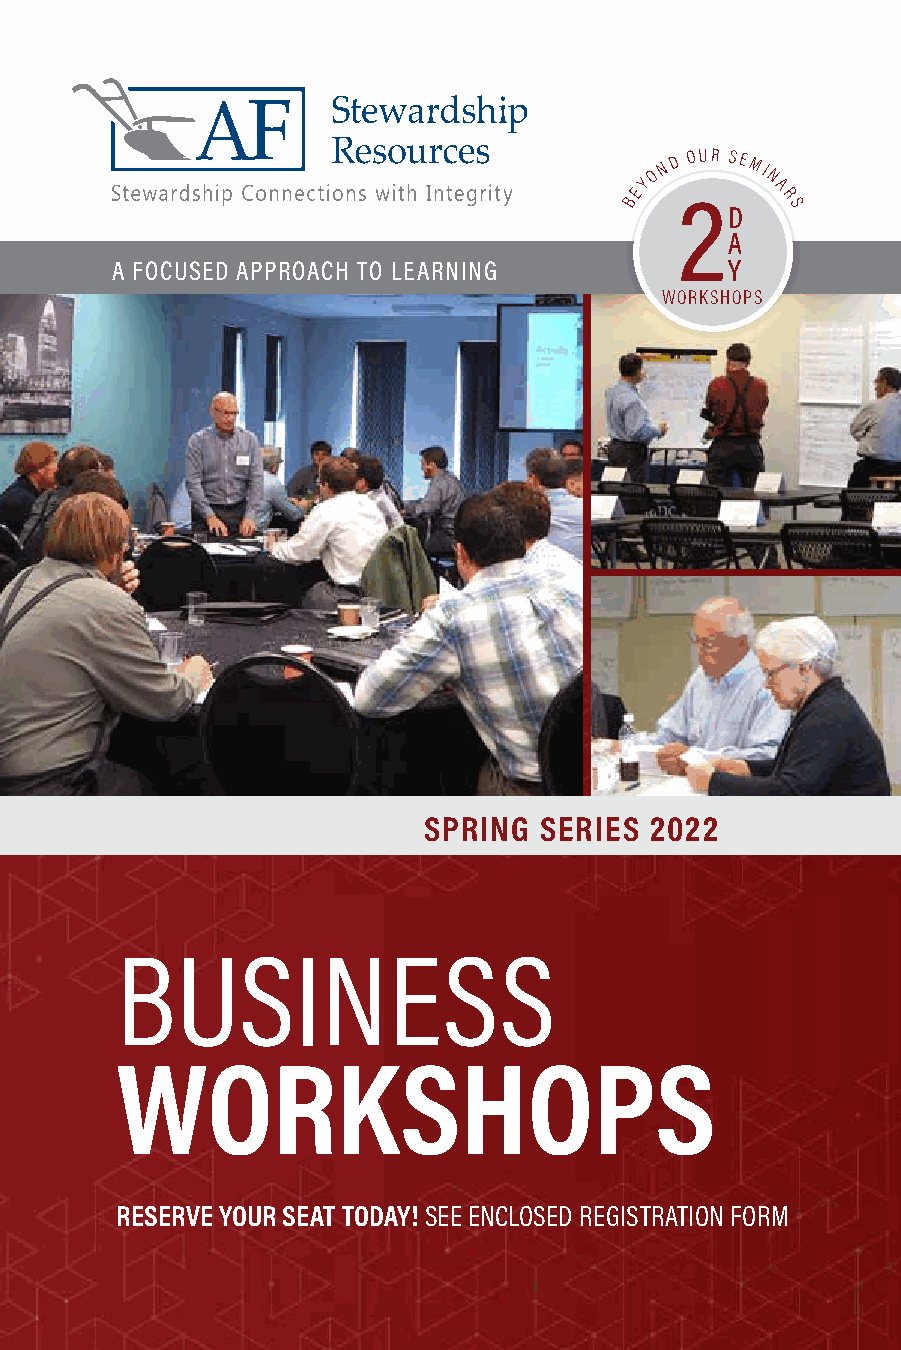
BEYO
 N D
 2
 O UR S DE MI
 N
 A
 R S
 A
 A FOCUSED APPROACH TO LEARNING           Y
 WORKSHOPS
 SPRING  SERIES 2022
 BUSINESS
 WORKSHOPS
 RESERVE YOUR SEAT TODAY! SEE ENCLOSED REGISTRATION FORM